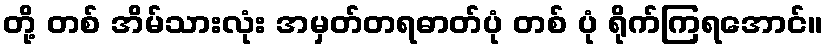
တို့ တစ် အိမ်သားလုံး အမှတ်တရဓာတ်ပုံ တစ် ပုံ ရိုက်ကြရအောင်။